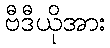
ဗီဒီယိုအား